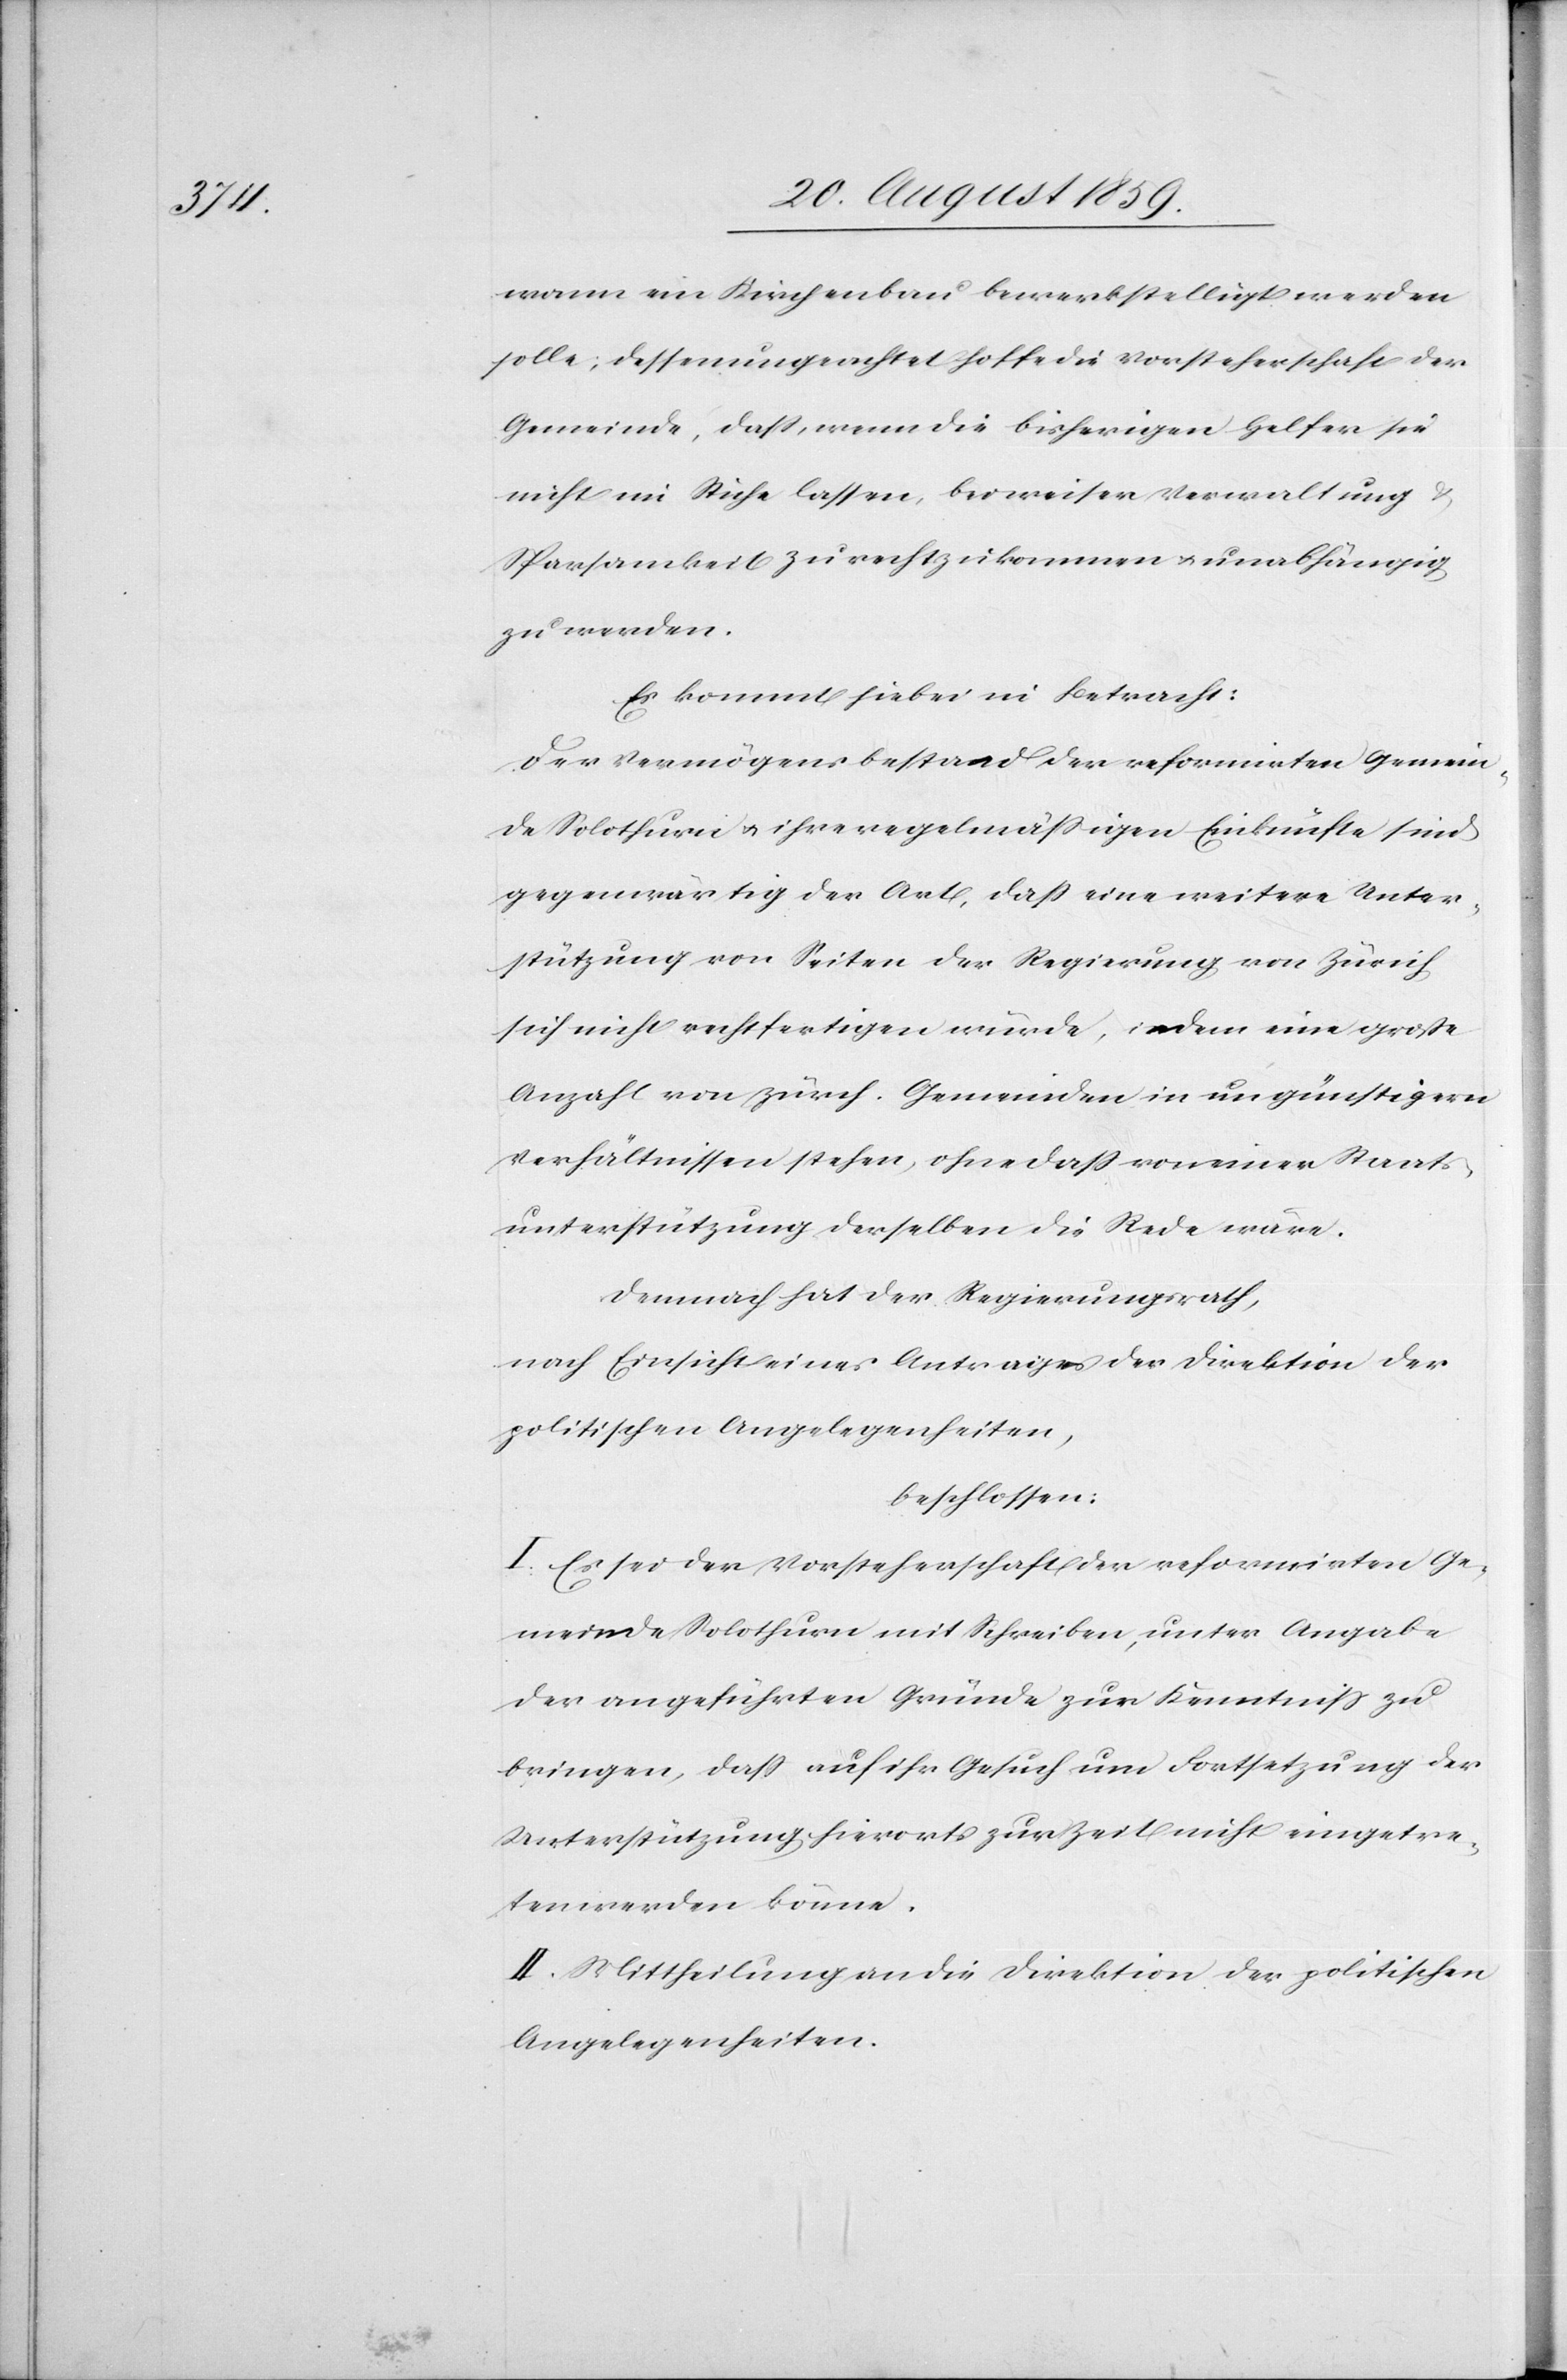
wann ein Kirchenbau bewerkstelligt werden
solle; dessenungeachtet hoffe die Vorsteherschaft der
Gemeinde, daß, wenn die bisherigen Helfer sie
nicht im Stiche lassen, bei weiser Verwaltung
Sparsamkeit zurechtzukommen & unabhängig
zu werden.
Es kommt hiebei in Betracht:
Der Vermögensbestand der reformirten Gemein¬
de Solothurn & ihre regelmäßigen Einkünfte sind
gegenwärtig der Art, daß eine weitere Unter¬
stützung von Seiten der Regierung von Zürich
sich nicht rechtfertigen würde, indem eine große
Anzahl von zürch. Gemeinden in ungünstigern
Verhältnissen stehen, ohne daß von einer Staats¬
unterstützung derselben die Rede wäre.
Demnach hat der Regierungsrath,
nach Einsicht eines Antrages der Direktion der
politischen Angelegenheiten,
beschlossen:
I. Es sei der Vorsteherschaft der reformirten Ge¬
meinde Solothurn mit Schreiben, unter Angabe
der angeführten Gründe zur Kenntniß zu
bringen, daß auf ihr Gesuch um Fortsetzung der
Unterstützung hierorts zur Zeit nicht eingetre¬
ten werden könne.
II. Mittheilung an die Direktion der politischen
Angelegenheiten.